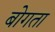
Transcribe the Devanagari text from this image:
बोगता